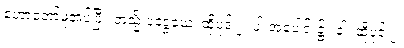
ဟောတော်မူအပ်ပြီ။ တသ္မိံ ပဒဒွယေ၊ ထိုပုဒ် ၂၊ ပါးအပေါင်း၌။ ဝါ၊ ထိုပုဒ် ၂၊